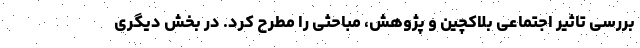
بررسی تاثیر اجتماعی بلاکچین و پژوهش، مباحثی را مطرح کرد. در بخش دیگری